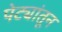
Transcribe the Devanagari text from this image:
पेट्यांतून